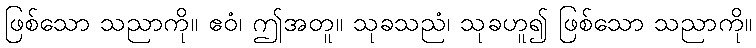
ဖြစ်သော သညာကို။ ဧဝံ၊ ဤအတူ။ သုခသညံ၊ သုခဟူ၍ ဖြစ်သော သညာကို။